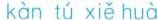
kan tu xie hua